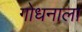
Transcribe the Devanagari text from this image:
गोधनाला